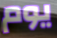
يوم